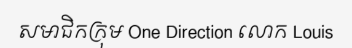
សមាជិកក្រុម One Direction លោក Louis